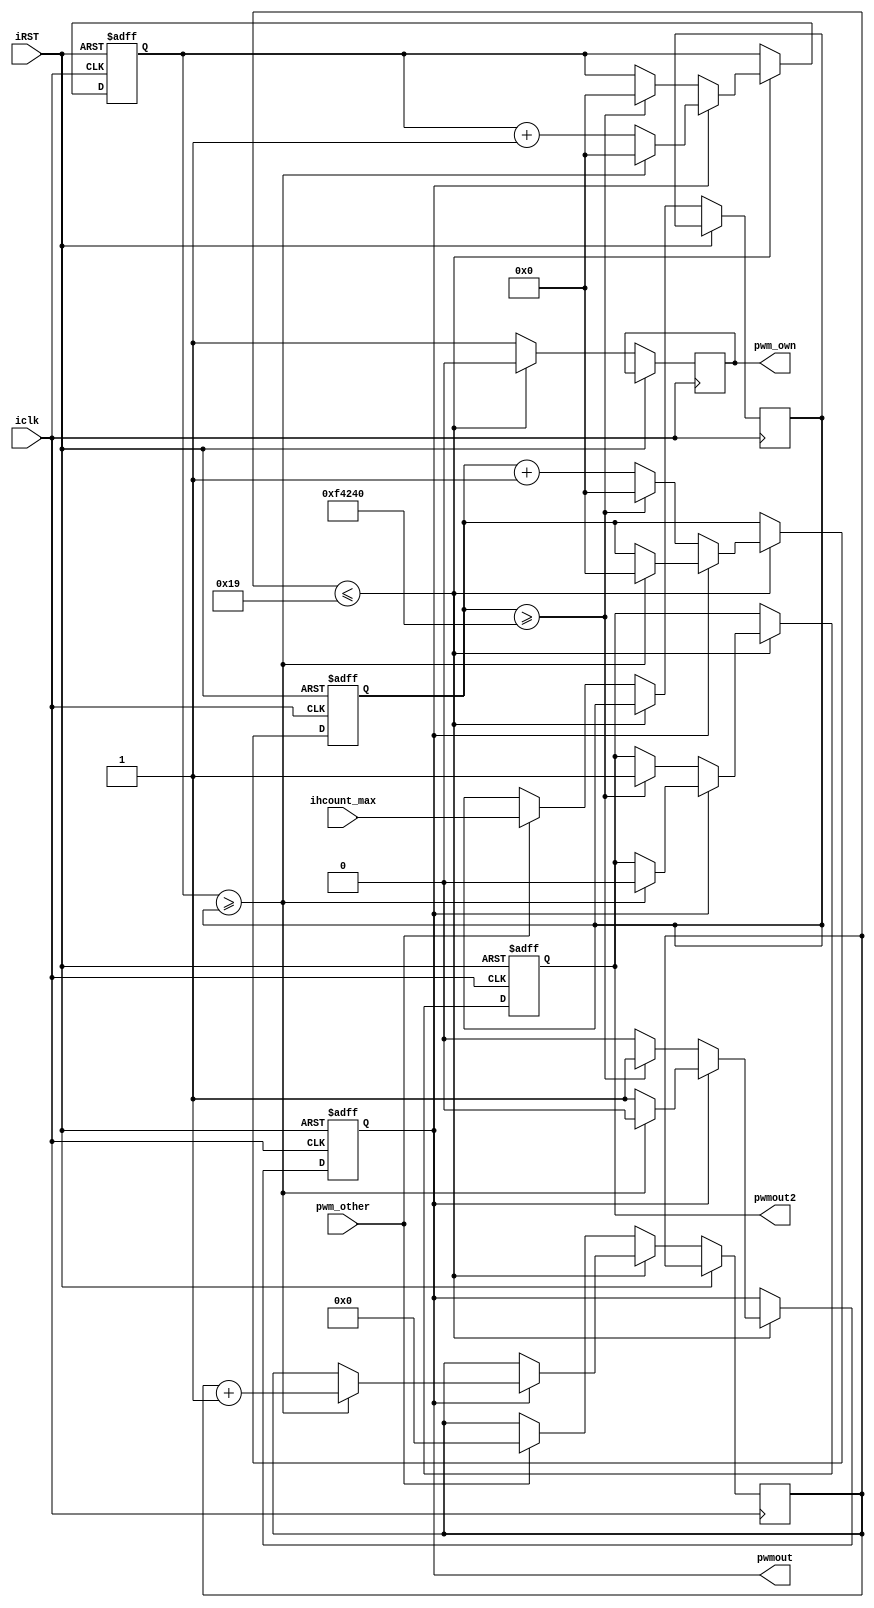
module pwm
(
iclk,
iRST,
ihcount_max,
pwmout,
pwmout2,
pwm_other,
pwm_own
);

input iclk;
input iRST;
input [20:0] ihcount_max;
output pwmout;
output pwmout2;
input pwm_other;
output pwm_own;
reg [20:0] L_count;
reg pwmout_reg;
reg pwmout2_reg;
reg [20:0] H_count;
reg [20:0] ihcount_max_prev;
reg [5:0] pwm_pulses;

reg pwm_own_reg;
assign pwm_own = pwm_own_reg;
assign pwmout = pwmout_reg;
assign pwmout2 = pwmout2_reg;
always @ (posedge iclk or posedge iRST)
begin
	if (iRST)
	begin
		H_count <= 21'd0;
		L_count <= 21'd0;
		pwmout_reg <= 1'b0;
		pwmout2_reg <= 1'b0;
	end
	else 
	begin

	if	(pwm_pulses <= 6'd25)
	begin
   pwm_own_reg <= 1'b0;
	if (pwmout_reg == 1'b1)
	begin
		if (H_count >= ihcount_max_prev)
	   begin 
			L_count <= 21'd0;
			H_count <= 21'd0;
			pwmout_reg <= 1'b0;
			pwmout2_reg <= 1'b0;
			pwm_pulses <= pwm_pulses + 6'd1;
		end
		else
		begin
			H_count <= H_count + 21'd1;
			
		end
	end
	else
	begin	
		if (L_count >= 21'd1000000)
		begin
				pwmout_reg <= 1'b1;
				pwmout2_reg <= 1'b1;
				H_count <= 21'd0;
				L_count <= 21'd0;
				
		end
		else
		begin
			 L_count <= L_count + 21'd1;
		end
	end
	end
	else 
	begin
	pwm_own_reg <= 1'b1;
	if (pwm_other == 1'b1)
	begin
	     pwm_pulses <= 6'd0;
	     ihcount_max_prev <= ihcount_max;
	end
	end

 end
end
endmodule